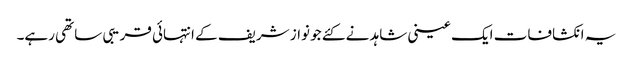
یہ انکشافات ایک عینی شاہد نے کئے جو نواز شریف کے انتہائی قریبی ساتھی رہے۔